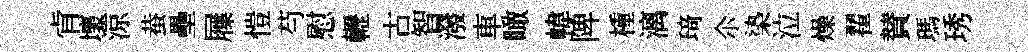
肻壞涼蛬壘屧愷芍慰轣古智潑車瞰幃陴㮔漓𤦺尒𣑱泣燥翟賛瑪琇